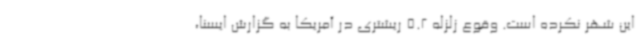
این شهر نکرده است. وقوع زلزله 5.2 ریشتری در آمریکا به گزارش ایسنا،